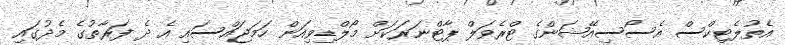
އެތުލެޓިކްސް އެސޯސިއޭޝަންގެ ޓްރެވަލް ޕާޓްނަރަކަށް މޯލްޑިވިއަން ހަމަޖައްސައި އެ ދެ ފަރާތުގެ މެދުގައި